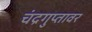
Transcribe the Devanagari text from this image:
चंद्रगुप्तावर